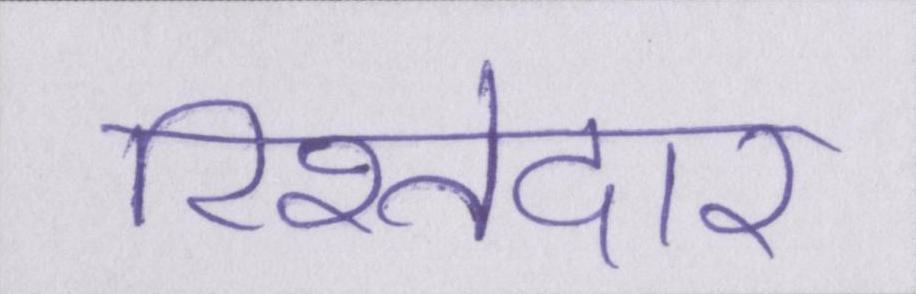
रिश्तेदार